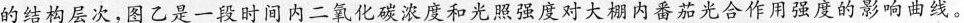
的结构层次，图乙是一段时间内二氧化碳浓度和光照强度对大棚内番茄光合作用强度的影响曲线。